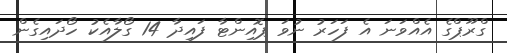
ގްރޫޕްގެ އެއްވަނަ އެ ފަހަރު ނުވަ ޕޮއިންޓާާ ފައިދާ 14 ގޯލާއެކު ހޯދައިގެން